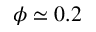
\phi \simeq 0 . 2